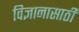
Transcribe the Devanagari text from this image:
विज्ञानासाठी